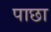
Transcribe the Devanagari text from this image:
पाछा